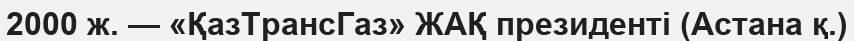
2000 ж. — «ҚазТрансГаз» ЖАҚ президенті (Астана қ.)